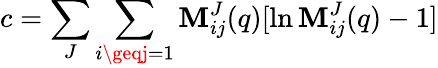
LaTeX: c=\sum_{J}\sum_{i\geqj=1}\mathbf{M}_{ij}^{J}(q)[\ln\mathbf{M}_{ij}^{J}(q)-1]